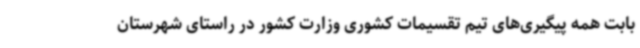
بابت همه پیگیری‌های تیم تقسیمات کشوری وزارت کشور در راستای شهرستان